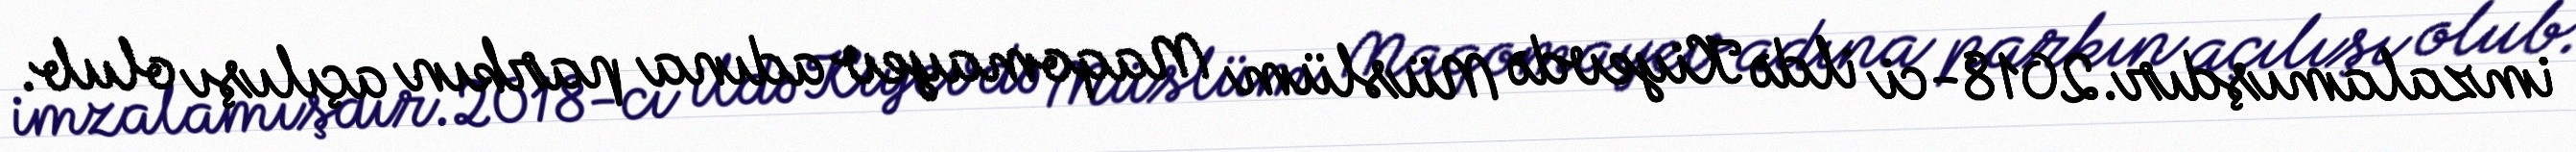
imzalamışdır.2018-ci ildə Kiyevdə Müslüm Maqomayev adına parkın açılışı olub.